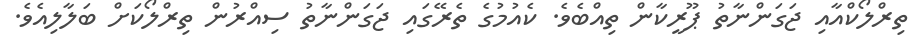
ތިރްލޯކްއާއި ޖަގަންނާތު ޕޫރީކާން ތިއްބެވެ. ކެއުމުގެ ތެރޭގައި ޖަގަންނާތު ސިއްރުން ތިރްލޯކަށް ބަލާލިއެވެ.